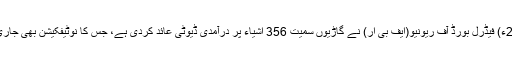
17 اکتوبر2017ء) فیڈرل بورڈ آف ریونیو(ایف بی آر) نے گاڑیوں سمیت 356 اشیاء پر درآمدی ڈیوٹی عائد کردی ہے، جس کا نوٹیفکیشن بھی جاری کردیا گیا ہے ۔